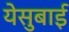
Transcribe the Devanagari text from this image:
येसुबाई